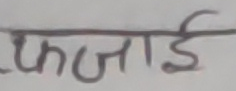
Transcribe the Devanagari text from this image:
फजाई